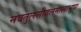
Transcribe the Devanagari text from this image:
नवतुलसीदलमालाभूषा